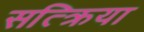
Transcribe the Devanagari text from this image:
सत्क्रिया